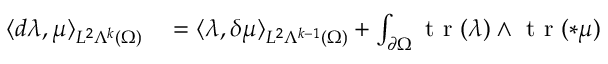
\begin{array} { r l } { \langle d \lambda , \mu \rangle _ { L ^ { 2 } \Lambda ^ { k } ( \Omega ) } } & { { } = \langle \lambda , \delta \mu \rangle _ { L ^ { 2 } \Lambda ^ { k - 1 } ( \Omega ) } + \int _ { \partial \Omega } \mathrm { ~ t ~ r ~ } ( \lambda ) \wedge \mathrm { ~ t ~ r ~ } ( \ast \mu ) } \end{array}